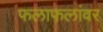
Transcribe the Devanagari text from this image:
फलाफलांवर